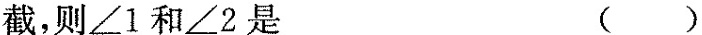
截，则∠1和∠2是 ( )